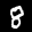
Label: 8